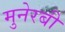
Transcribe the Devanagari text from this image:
मुनेरबी